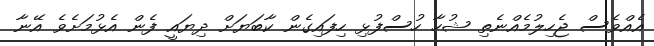
އެއްވެސް ޖެހިލުމެއްނެތި ޝުހާ ހުސްފުޅި ހިފައިގެން ކާބަޔަށް ދިޔައީ ފެން އެޅުމަށެވެ އޭނާ